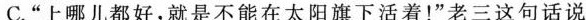
C.“上那儿都好,就是不能在太阳旗下活着！“老三这句话说